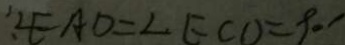
: \angle E A D = \angle E C D = 9 0